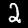
Digit: 2